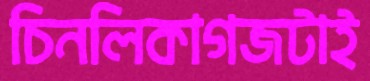
চিনলিকাগজটাই